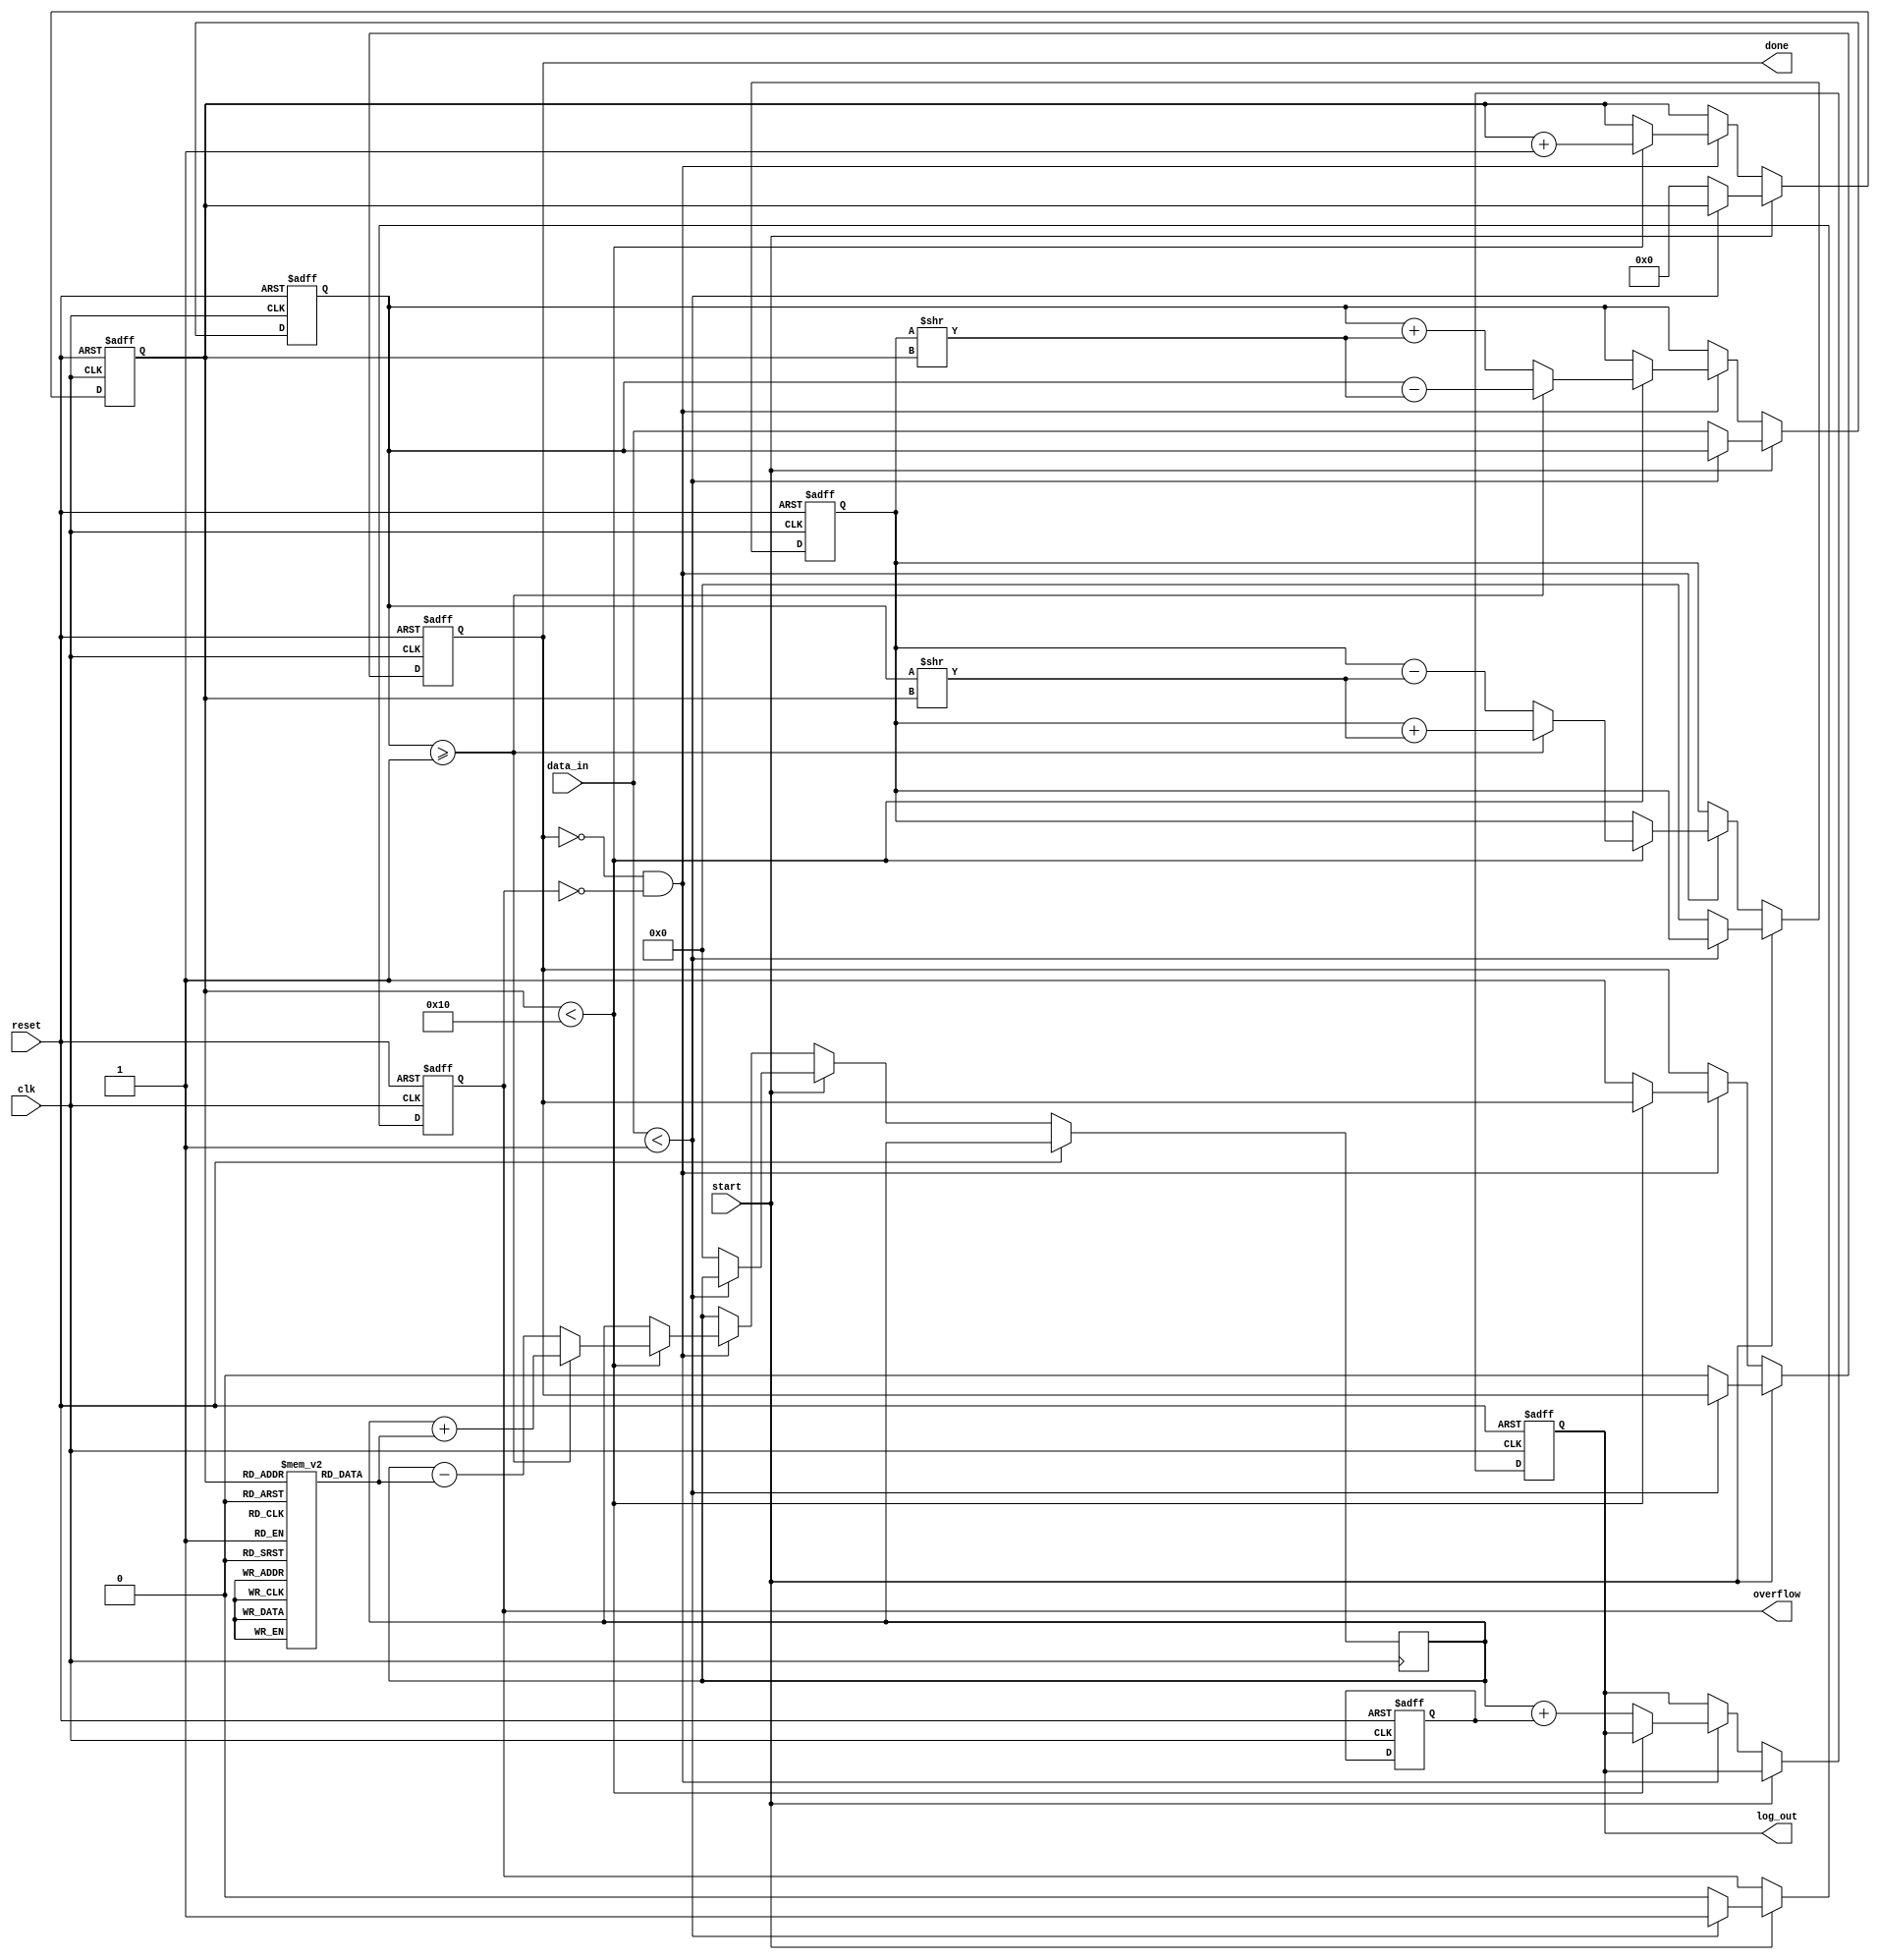
module cordic_logarithm (
    input wire clk,
    input wire reset,
    input wire start,
    input wire [15:0] data_in, // Input value (fixed-point representation)
    output reg [15:0] log_out,  // Logarithm output (fixed-point representation)
    output reg done,            // Status flag for completion
    output reg overflow         // Status flag for overflow
);

    // Parameters
    parameter MAX_ITERATIONS = 16;
    parameter ANGLE_WIDTH = 16;
    parameter LOG_SCALE = 16'h1000; // Scaling factor for logarithm

    // Internal signals
    reg [15:0] x; // Current value
    reg [15:0] y; // Current angle
    reg [15:0] angle_table [0:MAX_ITERATIONS-1]; // Precomputed angle table
    reg [3:0] iteration; // Iteration counter
    reg [15:0] log_value; // Intermediate logarithm value
    reg [15:0] scaling_factor; // Scaling factor for logarithm

    // Initialize angle table (in radians, scaled)
    initial begin
        angle_table[0] = 16'h0000; // atan(1) = 0
        angle_table[1] = 16'h1C71; // atan(0.5) = 26.565 degrees
        angle_table[2] = 16'h1A3D; // atan(0.25) = 14.036 degrees
        // Add more angles as needed...
    end

    // State machine for CORDIC processing
    always @(posedge clk or posedge reset) begin
        if (reset) begin
            x <= 16'h0000;
            y <= 16'h0000;
            log_out <= 16'h0000;
            done <= 0;
            overflow <= 0;
            iteration <= 0;
            scaling_factor <= LOG_SCALE; // Initialize scaling factor
        end else if (start) begin
            // Normalize input
            if (data_in < 16'h0001) begin
                overflow <= 1; // Input too small
            end else begin
                overflow <= 0;
                x <= data_in; // Set initial x to input
                y <= 16'h0000; // Initial angle
                iteration <= 0;
                log_value <= 0;
                done <= 0;
            end
        end else if (!done && !overflow) begin
            // CORDIC iterations
            if (iteration < MAX_ITERATIONS) begin
                if (x >= 16'h0001) begin
                    // Perform rotation
                    x <= x - (y >> iteration);
                    y <= y + (x >> iteration);
                    log_value <= log_value + angle_table[iteration];
                end else begin
                    // Perform inverse rotation
                    x <= x + (y >> iteration);
                    y <= y - (x >> iteration);
                    log_value <= log_value - angle_table[iteration];
                end
                iteration <= iteration + 1;
            end else begin
                // Final output processing
                log_out <= log_value + scaling_factor; // Adjust for scaling
                done <= 1; // Mark as done
            end
        end
    end

endmodule